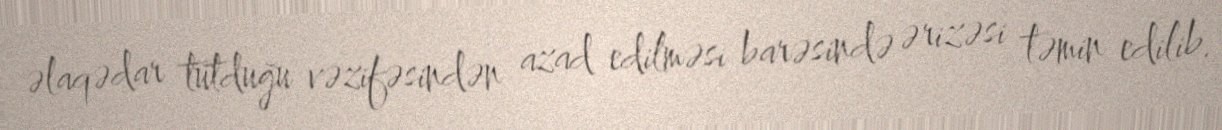
əlaqədar tutduğu vəzifəsindən azad edilməsi barəsində ərizəsi təmin edilib.